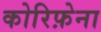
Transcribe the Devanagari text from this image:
कोरिफ़ेना